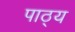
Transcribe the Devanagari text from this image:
पाठ्‌य